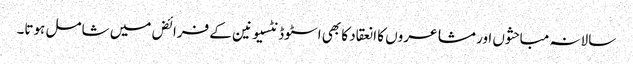
سالانہ مباحثوں اور مشاعروں کا انعقاد کا بھی اسٹوڈنٹسیونین کے فرائض میں شامل ہوتا۔